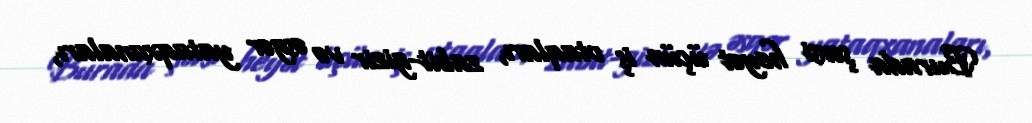
Burada şəxsi heyət üçün iş otaqları, zabit-gizir və əsgər yataqxanaları,